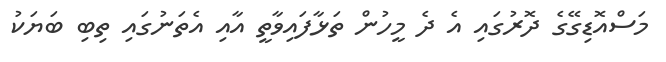
މަސްއޮޑިގޭގެ ދޮރުގައި އެ ދެ މީހުން ތަޅާފައިވާތީ އާއި އެތަނުގައި ތިބި ބަޔަކު